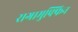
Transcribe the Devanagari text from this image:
रागामुफ्फिन